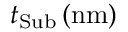
t _ { \mathrm { S u b } } \, ( \mathrm { n m } )